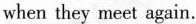
When ther meet again.